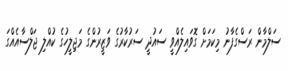
ސަލްމާން ރަސްގެފާނު މިކަމަށް ގޮވައިލެއްވީ ސައުދީ ސަރުކާރުގެ ވަޒީރުންގެ މަޖިލީހުގެ ކުއްލި ޖަލްސާއެއްގަ